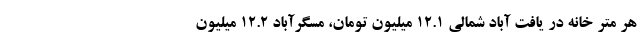
هر متر خانه در یافت آباد شمالی ۱۲.۱ میلیون تومان، مسگرآباد ۱۲.۲ میلیون